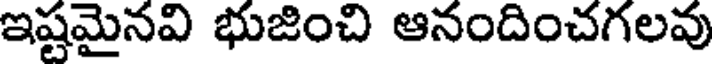
ఇష్టమైనవి భుజించి ఆనందించగలవు